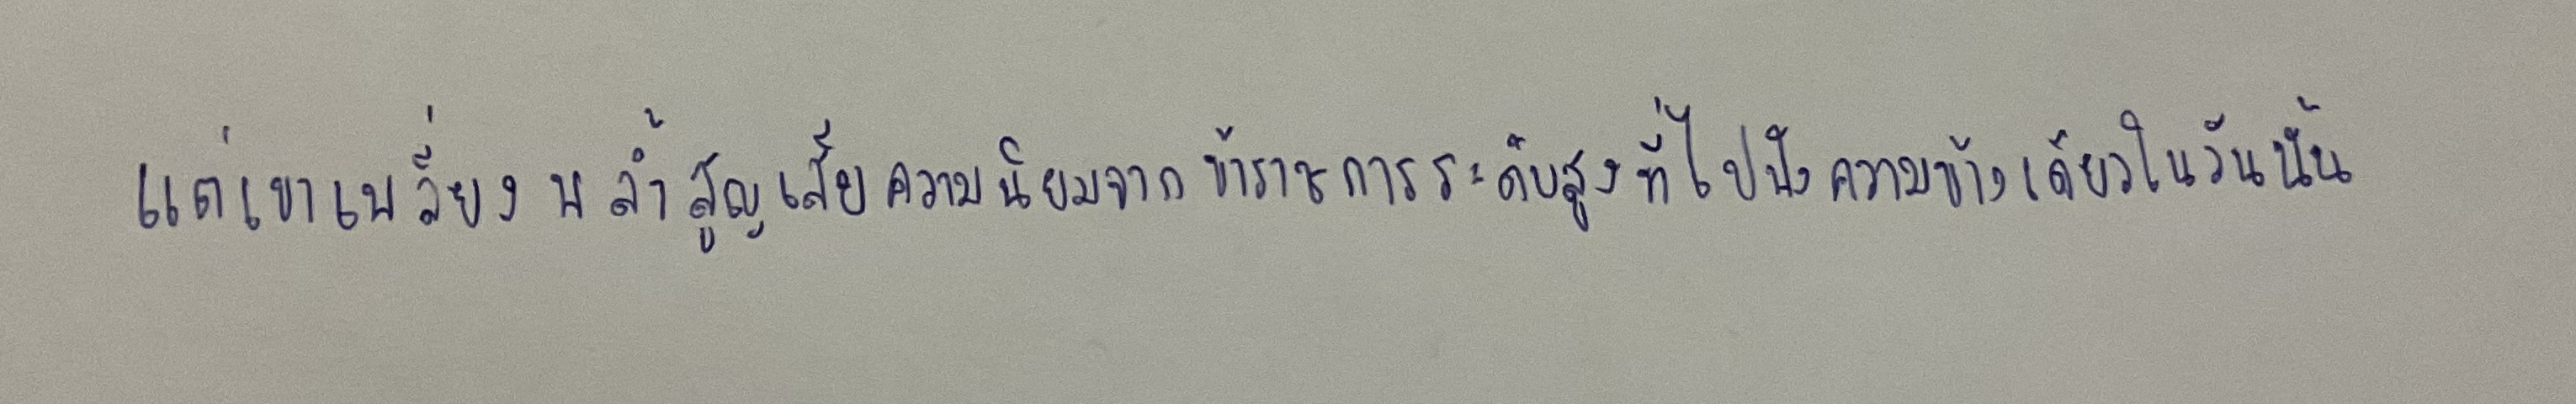
แต่เขาเพลี่ยงพล้ำสูญเสียความนิยมจากข้าราชการระดับสูงที่ไปฟังความข้างเดียวในวันนั้น